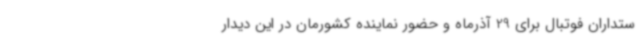
ستداران فوتبال برای 29 آذرماه و حضور نماینده کشورمان در این دیدار